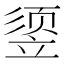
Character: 𰩧